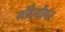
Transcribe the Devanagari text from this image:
गद्दियोंपर